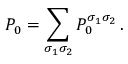
P _ { 0 } = \sum _ { \sigma _ { 1 } \sigma _ { 2 } } P _ { 0 } ^ { \sigma _ { 1 } \sigma _ { 2 } } \, .